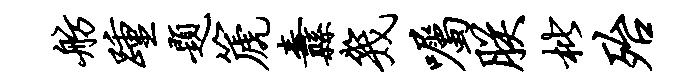
舫踵题篪纛几嘱朕枇殆